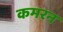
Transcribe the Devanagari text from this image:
कमरन